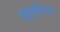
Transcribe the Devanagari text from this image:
खुदमुख्तिआर